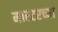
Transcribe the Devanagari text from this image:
मास्टरच्या